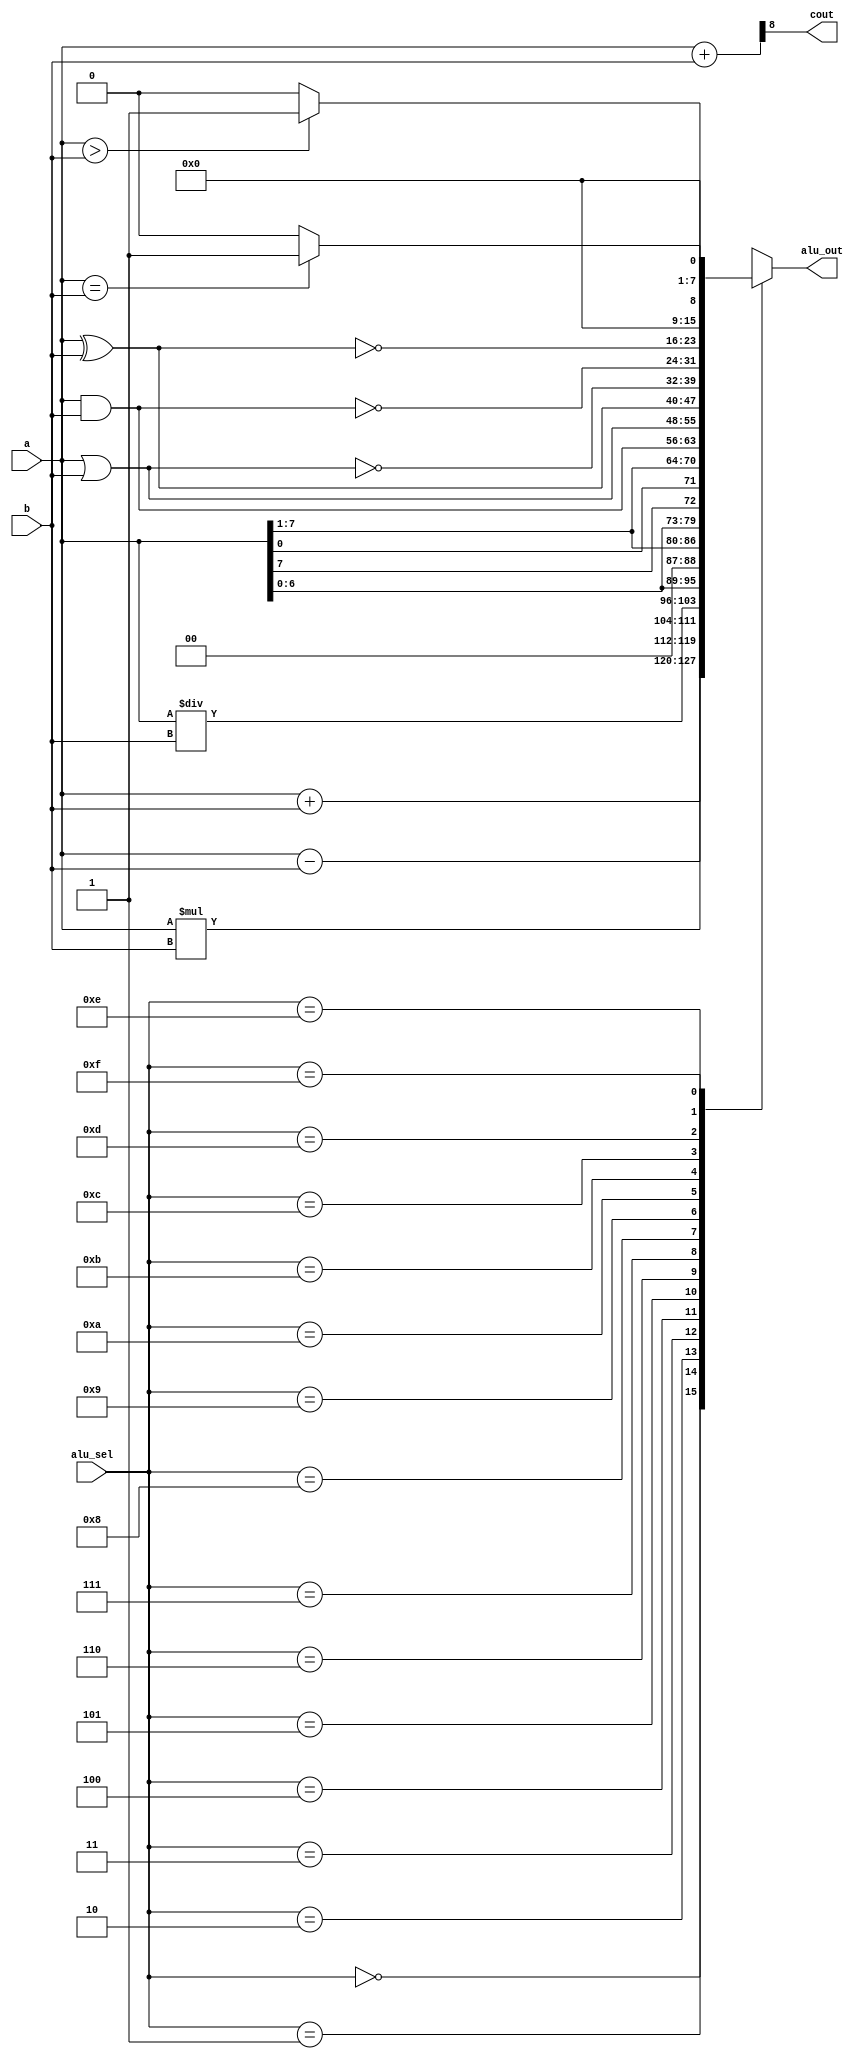
// Arithematic Logic Unit (ALU)
//Created by Nitheesh Kumar - Aug 02 2020

module alu(
           input [7:0] a,b,  // ALU 8-bit Inputs                 
           input [3:0] alu_sel,// ALU Selection
           output reg [7:0] alu_out, // ALU 8-bit Output
           output cout // Carry Out Flag
    );

    wire [8:0] tmp;
    assign tmp = {1'b0,a} + {1'b0,b};
    assign cout = tmp[8]; // Carryout flag

    always @(*)
    begin
        case(alu_sel)
        4'b0000: // Addition
           alu_out = a + b ; 
        4'b0001: // Subtraction
           alu_out = a - b ;
        4'b0010: // Multiplication
           alu_out = a * b;
        4'b0011: // Division
           alu_out = a/b;
        4'b0100: // Logical shift left
           alu_out = a<<1;
         4'b0101: // Logical shift right
           alu_out = a>>1;
         4'b0110: // Rotate left
           alu_out = {a[6:0],a[7]};
         4'b0111: // Rotate right
           alu_out = {a[0],a[7:1]};
          4'b1000: //  Logical and 
           alu_out = a & b;
          4'b1001: //  Logical or
           alu_out = a | b;
          4'b1010: //  Logical xor 
           alu_out = a ^ b;
          4'b1011: //  Logical nor
           alu_out = ~(a | b);
          4'b1100: // Logical nand 
           alu_out = ~(a & b);
          4'b1101: // Logical xnor
           alu_out = ~(a ^ b);
          4'b1110: // Greater comparison
           alu_out = (a > b) ? 8'd1 : 8'd0;
          4'b1111: // Equal comparison   
           alu_out = (a == b) ? 8'd1 : 8'd0;
          default: alu_out = a + b ; 
        endcase
    end

endmodule